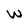
Character: W